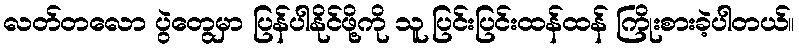
လတ်တလော ပွဲတွေမှာ ပြန်ပါနိုင်ဖို့ကို သူ ပြင်းပြင်းထန်ထန် ကြိုးစားခဲ့ပါတယ်။